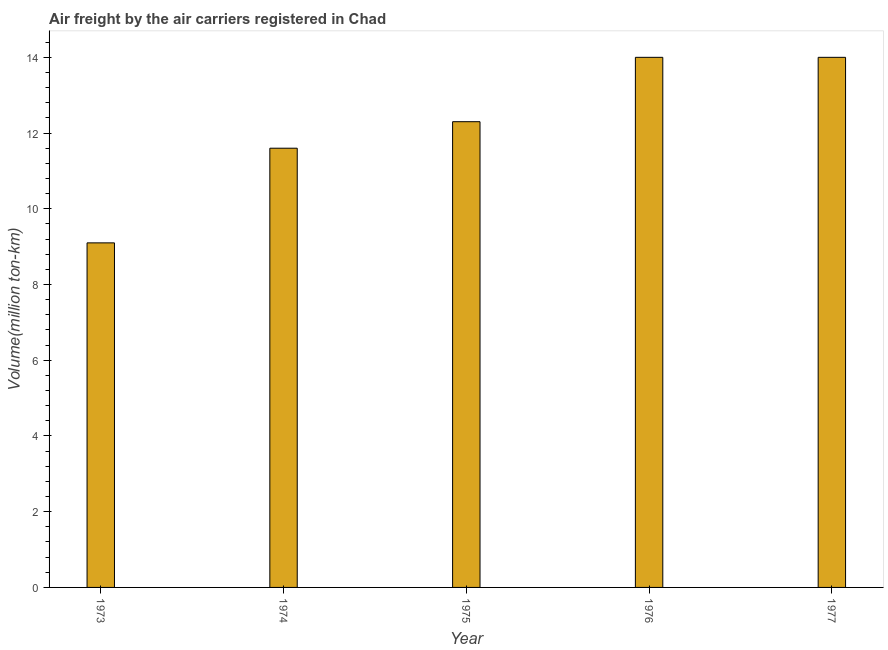
| Year | Air transport |
 | --- | --- |
 | 1973 | 9.1 |
 | 1974 | 11.6 |
 | 1975 | 12.3 |
 | 1976 | 14 |
 | 1977 | 14 |